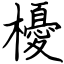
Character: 櫌